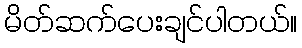
မိတ်ဆက်ပေးချင်ပါတယ်။